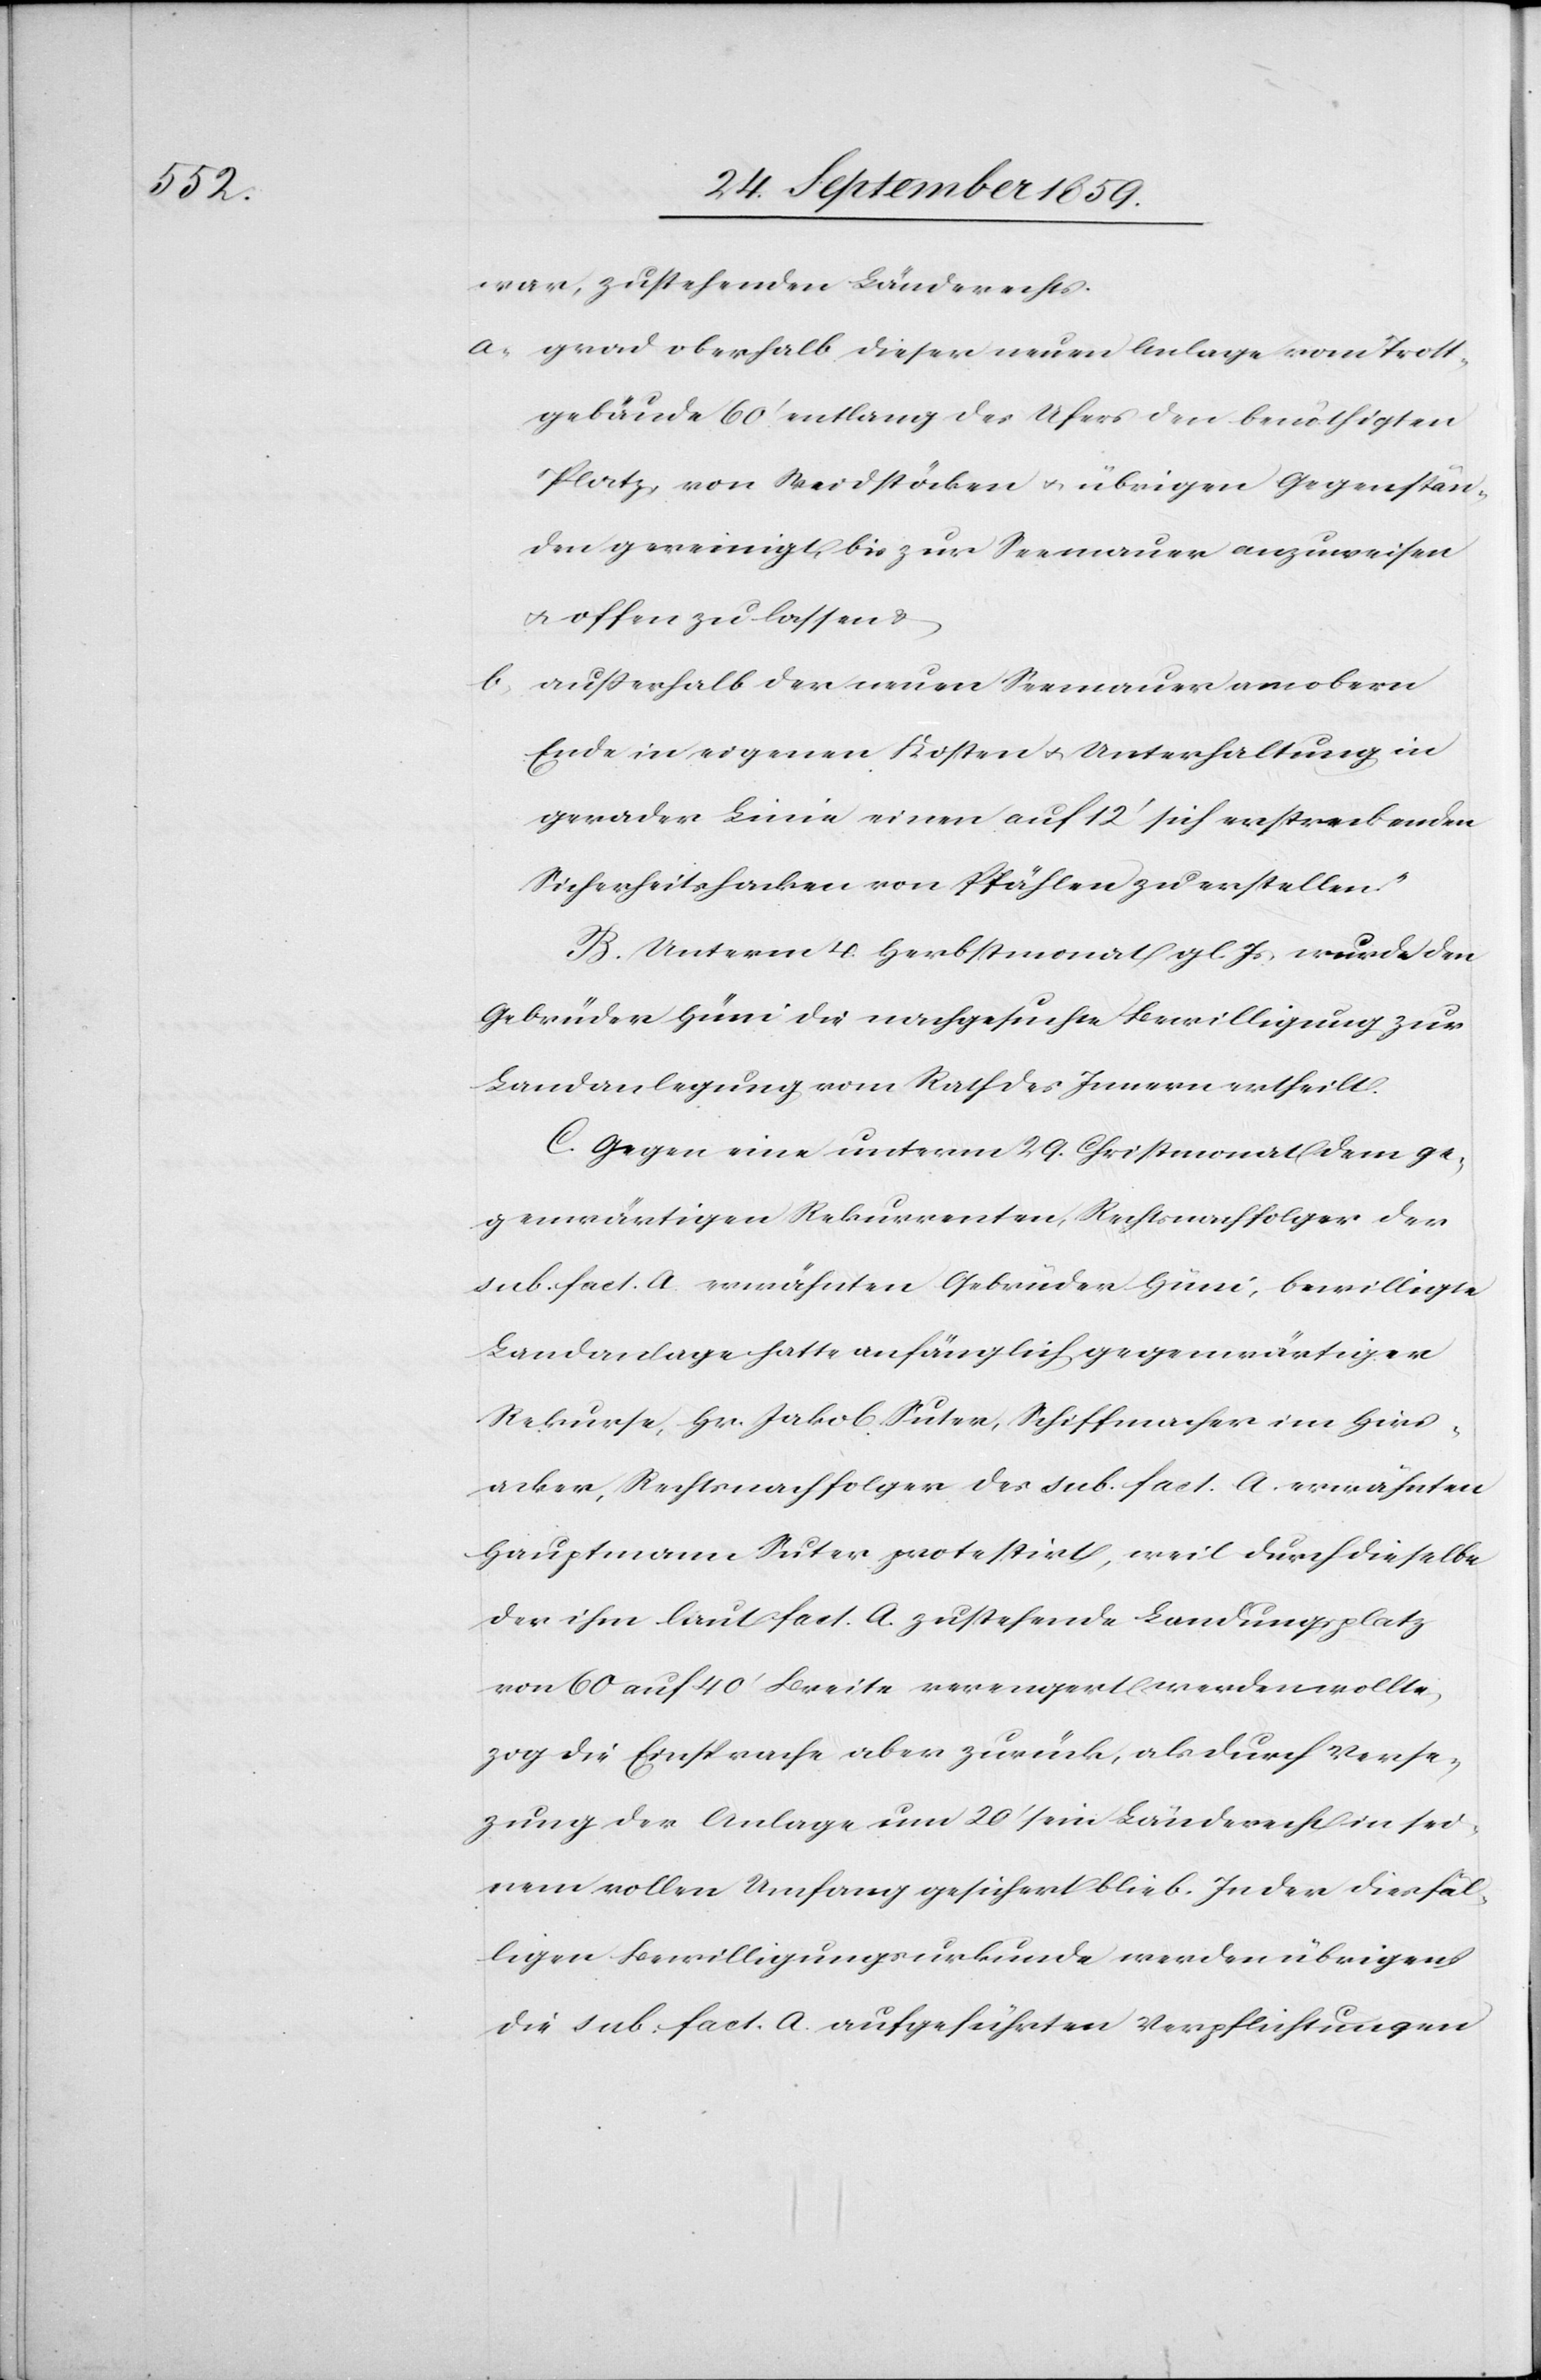
b.

war, zustehenden Länderrechts.
„a. grad oberhalb dieser neuen Anlage vom Trott¬
gebäude 60’ entlang des Ufers den benöthigten
Platz, von Weidstöcken & übrigen Gegenstän¬
den gereinigt, bis zur Seemauer anzuweisen
& offen zu lassen &
außerhalb der neuen Seemauer am obern
Ende in eigenen Kosten & Unterhaltung in
gerader Linie einen auf 12’ sich erstreckenden
Sicherheitshacken von Pfählen zu erstellen.“
B. Unterm 4. Herbstmonat gl. Js. wurde den
Gebrüder Hüni die nachgesuchte Bewilligung zur
Landanlegung vom Rath des Innern ertheilt.
C. Gegen eine unterm 29. Christmonat dem ge¬
genwärtigen Rekurrenten, Rechtsnachfolger der
sub. fact. a. erwähnten Gebrüder Hüni, bewilligte
Landanlage hatte anfänglich gegenwärtiger
Rekurse, Hr. Jakob Suter, Schiffmacher im Hirs¬
acker, Rechtsnachfolger des sub. fact. A. erwähnten
Hauptmann Suter protestirt, weil durch dieselbe
der ihm laut fact. A. zustehende Landungsplatz
von 60 auf 40’ Breite verengert werden wollte,
zog die Einsprache aber zurück, als durch Verse¬
zung der Anlage um 20’ sein Länderrecht in sei¬
nem vollen Umfang gesichert blieb. In der diesfäl¬
ligen Bewilligungsurkunde werden übrigens
die sub. fact. A. aufgeführten Verpflichtungen